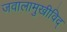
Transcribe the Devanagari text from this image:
जवालामुखीविद्